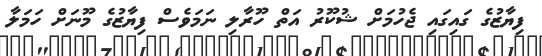
ފިޔާޒުގެ ގައިގައި ޖެހުމަށް ޝުކޫރު އަތް ހޫރާލި ނަމަވެސް ފިޔާޒުގެ މޫނަށް ހަމަލާ